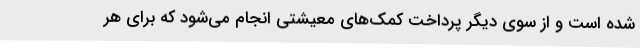
شده است و از سوی دیگر پرداخت کمک‌های معیشتی انجام می‌شود که برای هر